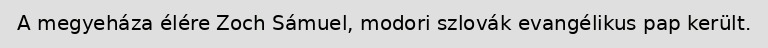
A megyeháza élére Zoch Sámuel, modori szlovák evangélikus pap került.